Indian Civil Veterinary Department memoirs
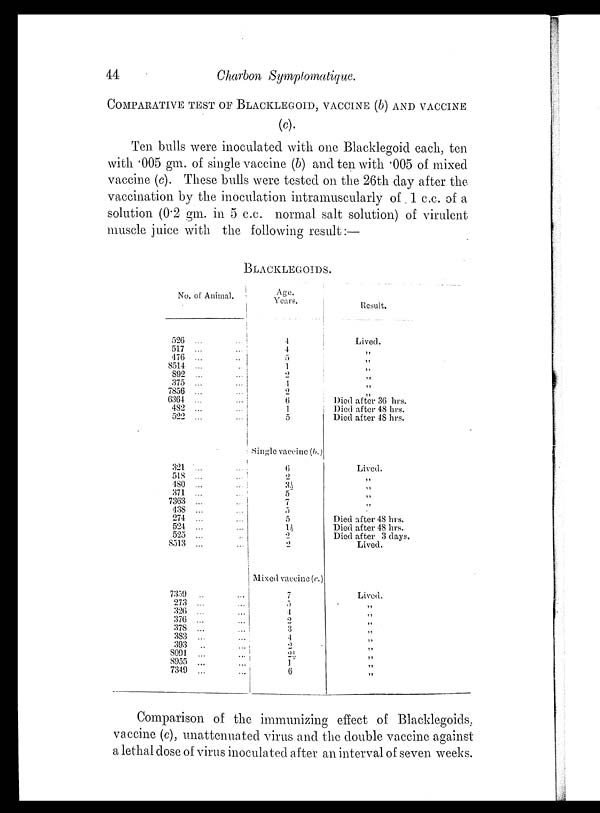
44
Charbon Symptomatique.
COMPARATIVE TEST OF BLACKLEGOID, VACCINE (b) AND VACCINE
(c).
Ten bulls were inoculated with one Blacklegoid each, ten
with .005 gm. of single vaccine (b) and ten with .005 of mixed
vaccine (c). These bulls were tested on the 26th day after the
vaccination by the inoculation intramuscularly of 1 c.c. of a
solution (0.2 gm. in 5 c.c. normal salt solution) of virulent
muscle juice with the following result :—
BLACKLEGOIDS.
No. of Animal.
526 ...
...
517 ...
...
476 ... ...
8514 ... ...
892 ... ...
375 ... ...
7856 ... ...
6364 ... ...
482 ... ...
522 ... ...
321 ... ...
518 ... ...
480 ... ...
371 ... ...
7363 ... ...
438 ... ...
274 ... ...
524 ... ...
525 ... ...
8513 ... ...
7359 ... ...
273 ... ...
326 ... ...
376 ... ...
378 ... ...
383 ... ...
393 ... ...
8091 ... ...
8955 ... ...
7349 ... ...
Age.
Years.
4
4
5
1
2
4
2
6
1
5
Single vaccine (b.)
6
2
3½
5
7
5
5
1½
2
2
Mixed vaccine (c.)
7
5
4
2
3
4
2
2½
1
6
Result.
Lived.
„
„
„
„
„
„
Died after 36 hrs.
Died after 48 hrs.
Died after 48 hrs.
Lived.
„
„
„
„
„ Died after 48 hrs.
Died after 48 hrs.
Died after 3 days.
Lived.
Lived.
„
„
„
„
„
„
„
„
„
Comparison of the immunizing effect of Blacklegoids,
vaccine (c), unattenuated virus and the double vaccine against
a lethal dose of virus inoculated after an interval of seven weeks.